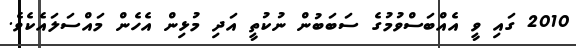
2010 ގައި ވީ އެއްބަސްވުމުގެ ސަބަބުން ނުކުތީ އަދި މުޅިން އެހެން މައްސަލައެކެވެ.